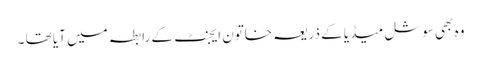
وہ بھی سوشل میڈیا کے ذریعہ خاتون ایجنٹ کے رابطہ میں آیا تھا ۔